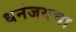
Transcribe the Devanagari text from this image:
धनंजयचा